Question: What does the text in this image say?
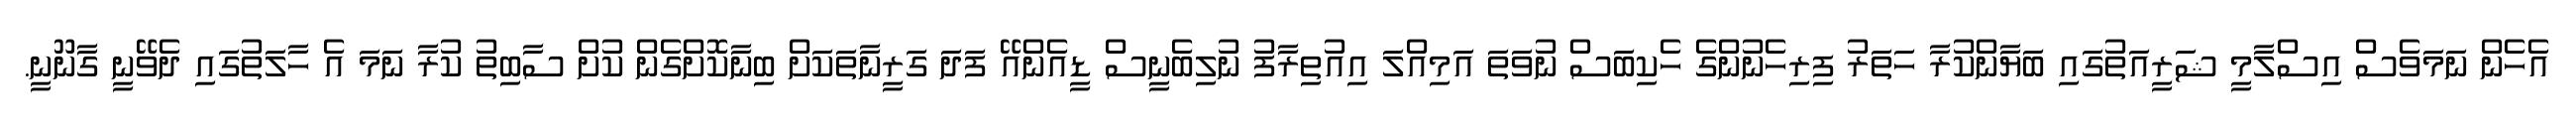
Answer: އެހެން ނަމަވެސް އިސްލާމީ ޝަރީއަތުގައި ބަޔާންކުރާ ހަތަރު ފިރިހެނުންގެ ހެކިބަސް ނުވަތަ އަމިއްލަ އިއުތިރާފު ނުލިބެނީސް ޑީއެންއޭ ފަދަ ގަރީނާތަކަށް ބިނާކޮށްގެން ކުށް ސާބިތު ކުރާ ނަމަ އެ ހާލަތުގައި ދެވޭނީ ގާނޫނީ.